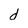
Character: d